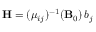
{ \bf H } = ( \mu _ { i j } ) ^ { - 1 } ( { \bf B } _ { 0 } ) \, b _ { j }